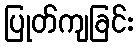
ပြုတ်ကျခြင်း